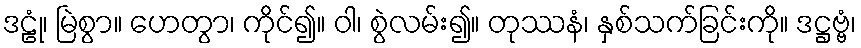
ဒဠုံ၊ မြဲစွာ။ ဟေတွာ၊ ကိုင်၍။ ဝါ၊ စွဲလမ်း၍။ တုဿနံ၊ နှစ်သက်ခြင်းကို။ ဒဋ္ဌဗ္ဗံ၊